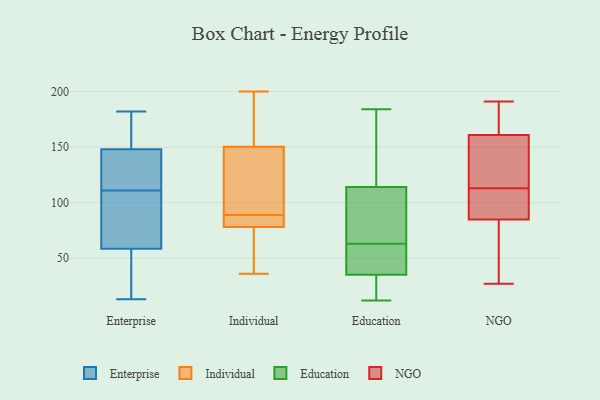
{"axis": {"x": "Operating Costs (USD K)", "y": "Value"}, "legend": ["Education", "Enterprise", "Individual", "NGO"], "data": [{"x": "", "y": 132, "type": "Enterprise"}, {"x": "", "y": 51, "type": "Enterprise"}, {"x": "", "y": 36, "type": "Enterprise"}, {"x": "", "y": 182, "type": "Enterprise"}, {"x": "", "y": 131, "type": "Enterprise"}, {"x": "", "y": 63, "type": "Enterprise"}, {"x": "", "y": 150, "type": "Enterprise"}, {"x": "", "y": 121, "type": "Enterprise"}, {"x": "", "y": 13, "type": "Enterprise"}, {"x": "", "y": 54, "type": "Enterprise"}, {"x": "", "y": 101, "type": "Enterprise"}, {"x": "", "y": 180, "type": "Enterprise"}, {"x": "", "y": 96, "type": "Enterprise"}, {"x": "", "y": 20, "type": "Enterprise"}, {"x": "", "y": 151, "type": "Enterprise"}, {"x": "", "y": 154, "type": "Enterprise"}, {"x": "", "y": 146, "type": "Enterprise"}, {"x": "", "y": 138, "type": "Enterprise"}, {"x": "", "y": 67, "type": "Enterprise"}, {"x": "", "y": 65, "type": "Enterprise"}, {"x": "", "y": 194, "type": "Individual"}, {"x": "", "y": 148, "type": "Individual"}, {"x": "", "y": 200, "type": "Individual"}, {"x": "", "y": 83, "type": "Individual"}, {"x": "", "y": 157, "type": "Individual"}, {"x": "", "y": 69, "type": "Individual"}, {"x": "", "y": 89, "type": "Individual"}, {"x": "", "y": 36, "type": "Individual"}, {"x": "", "y": 81, "type": "Individual"}, {"x": "", "y": 105, "type": "Individual"}, {"x": "", "y": 59, "type": "Individual"}, {"x": "", "y": 92, "type": "Individual"}, {"x": "", "y": 82, "type": "Individual"}, {"x": "", "y": 19, "type": "Education"}, {"x": "", "y": 40, "type": "Education"}, {"x": "", "y": 74, "type": "Education"}, {"x": "", "y": 63, "type": "Education"}, {"x": "", "y": 39, "type": "Education"}, {"x": "", "y": 103, "type": "Education"}, {"x": "", "y": 184, "type": "Education"}, {"x": "", "y": 182, "type": "Education"}, {"x": "", "y": 35, "type": "Education"}, {"x": "", "y": 63, "type": "Education"}, {"x": "", "y": 136, "type": "Education"}, {"x": "", "y": 23, "type": "Education"}, {"x": "", "y": 114, "type": "Education"}, {"x": "", "y": 12, "type": "Education"}, {"x": "", "y": 31, "type": "NGO"}, {"x": "", "y": 66, "type": "NGO"}, {"x": "", "y": 92, "type": "NGO"}, {"x": "", "y": 135, "type": "NGO"}, {"x": "", "y": 94, "type": "NGO"}, {"x": "", "y": 65, "type": "NGO"}, {"x": "", "y": 172, "type": "NGO"}, {"x": "", "y": 104, "type": "NGO"}, {"x": "", "y": 173, "type": "NGO"}, {"x": "", "y": 113, "type": "NGO"}, {"x": "", "y": 91, "type": "NGO"}, {"x": "", "y": 27, "type": "NGO"}, {"x": "", "y": 167, "type": "NGO"}, {"x": "", "y": 115, "type": "NGO"}, {"x": "", "y": 191, "type": "NGO"}, {"x": "", "y": 159, "type": "NGO"}, {"x": "", "y": 118, "type": "NGO"}]}